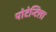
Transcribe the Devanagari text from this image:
पोटेन्टिला